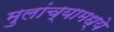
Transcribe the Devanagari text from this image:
मुलांच्यामध्ये